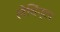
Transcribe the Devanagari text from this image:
लेथिंग्टन